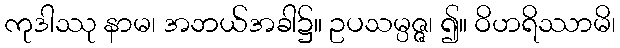
ကုဒါဿု နာမ၊ အဘယ်အခါ၌။ ဥပသမ္ပဇ္ဇ၊ ၍။ ဝိဟရိဿာမိ၊